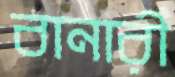
বানারী